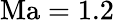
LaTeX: \mathrm{{Ma}=1.2}